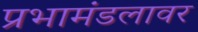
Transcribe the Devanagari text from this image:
प्रभामंडलावर